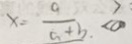
x = \frac { a } { a + b } < 0